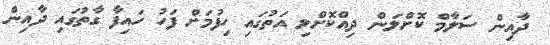
ދާއިން ސަލާމް ކޮށްލަން ދިއްކޮށްލި އަތުގައި ހިފުމަށް ފަހު ހައިފާ ގާތުގައި ދާއިން